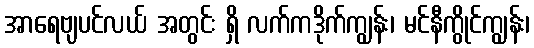
အာရေဗျပင်လယ် အတွင်း ရှိ လက်ကဒိုက်ကျွန်း၊ မင်နီကွိုင်ကျွန်း၊